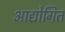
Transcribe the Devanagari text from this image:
आद्योगित